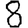
Digit: 8